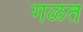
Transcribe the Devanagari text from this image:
गळत